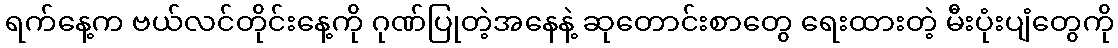
ရက်နေ့က ဗယ်လင်တိုင်းနေ့ကို ဂုဏ်ပြုတဲ့အနေနဲ့ ဆုတောင်းစာတွေ ရေးထားတဲ့ မီးပုံးပျံတွေကို